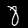
Label: 8